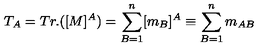
T _ { A } = T r . ( [ M ] ^ { A } ) = \sum _ { B = 1 } ^ { n } [ m _ { B } ] ^ { A } \equiv \sum _ { B = 1 } ^ { n } m _ { A B }